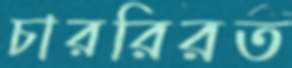
চাররিরত